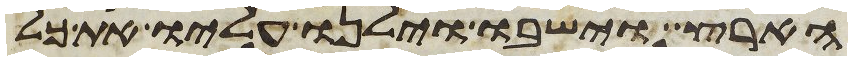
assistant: הארץ וישבו וילנו עליו את כל